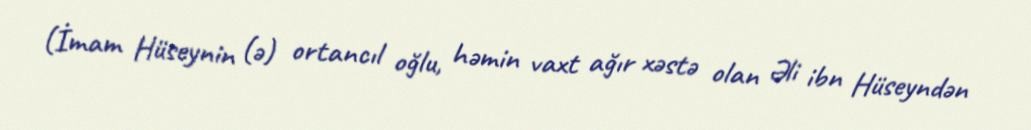
(İmam Hüseynin (ə) ortancıl oğlu, həmin vaxt ağır xəstə olan Əli ibn Hüseyndən